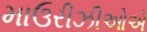
માઉરીઝીઓએ